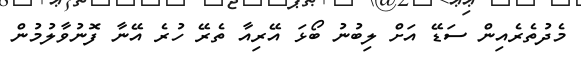
މެދުތެރެއިން ސަޑޭ އަށް ލިބުނު ބޯޅަ އޭރިއާ ތެރޭ ހުރެ އޭނާ ފޮނުވާލުމުން